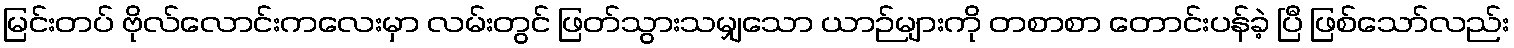
မြင်းတပ် ဗိုလ်လောင်းကလေးမှာ လမ်းတွင် ဖြတ်သွားသမျှသော ယာဉ်များကို တစာစာ တောင်းပန်ခဲ့ ပြီ ဖြစ်သော်လည်း